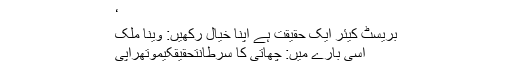
‘
بریسٹ کیئر ایک حقیقت ہے اپنا خیال رکھیں: وینا ملک
اسی بارے میں: چھاتی کا سرطانتحقیقکیموتھراپی